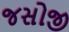
જસોજી